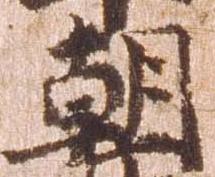
朝